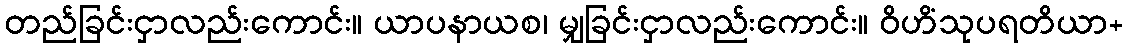
တည်ခြင်းငှာလည်းကောင်း။ ယာပနာယစ၊ မျှခြင်းငှာလည်းကောင်း။ ဝိဟိံသုပရတိယာ+